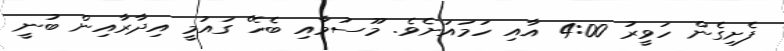
ފެށިގެން ހަވީރު 4:00 އާއި ހަމައަށެވެ. މޫސުމާއި ބެހޭ ގައުމީ އިދާރާއިން ބުނީ